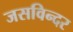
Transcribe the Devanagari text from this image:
जसविन्दर